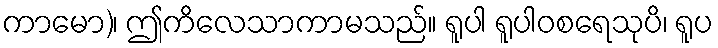
ကာမော)၊ ဤကိလေသာကာမသည်။ ရူပါ ရူပါဝစရေသုပိ၊ ရူပ